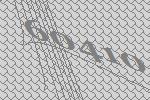
60410